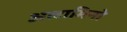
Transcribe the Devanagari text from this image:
अलामिनो